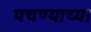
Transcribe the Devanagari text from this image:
पचण्याच्या